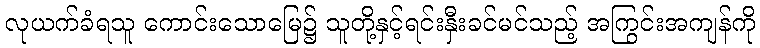
လုယက်ခံရသူ ကောင်းသောမြေ၌ သူတို့နှင့်ရင်းနှီးခင်မင်သည့် အကြွင်းအကျန်ကို